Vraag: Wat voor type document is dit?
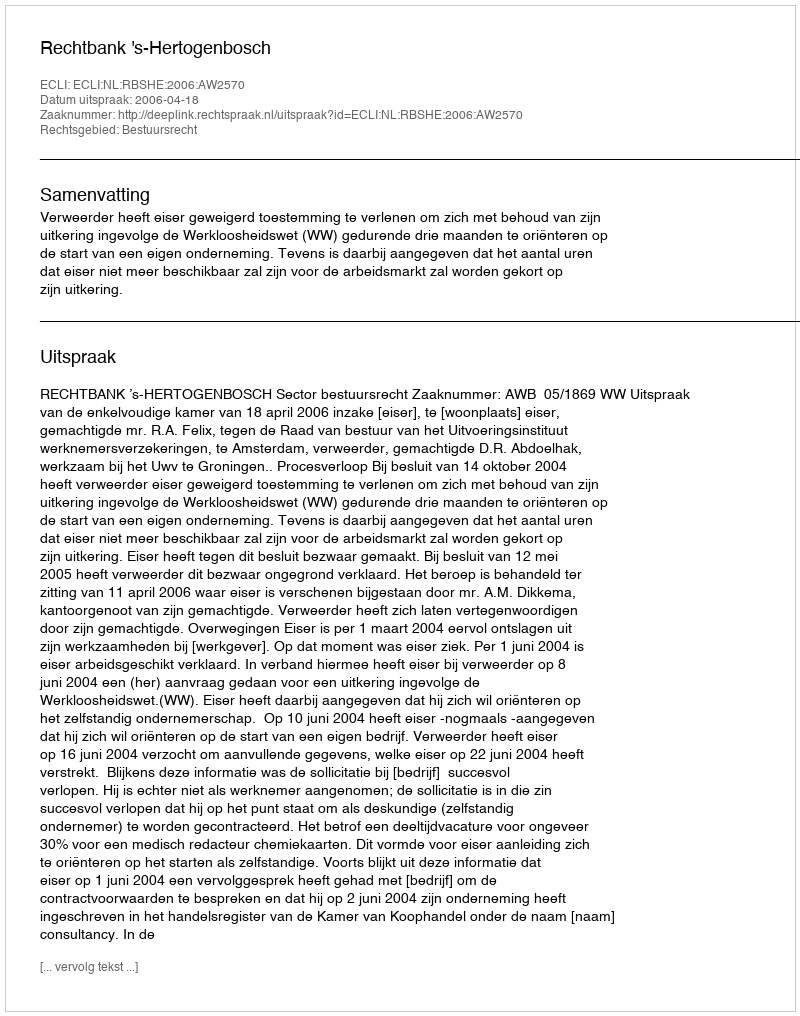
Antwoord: Uitspraak